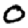
Digit: 0